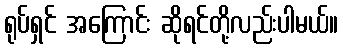
ရုပ်ရှင် အကြောင်း ဆိုရင်တို့လည်းပါမယ်။